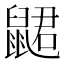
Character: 𲎞